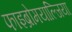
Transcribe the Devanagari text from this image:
फाइब्रोमयाल्जिया